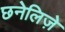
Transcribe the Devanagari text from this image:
छनेलिज़े